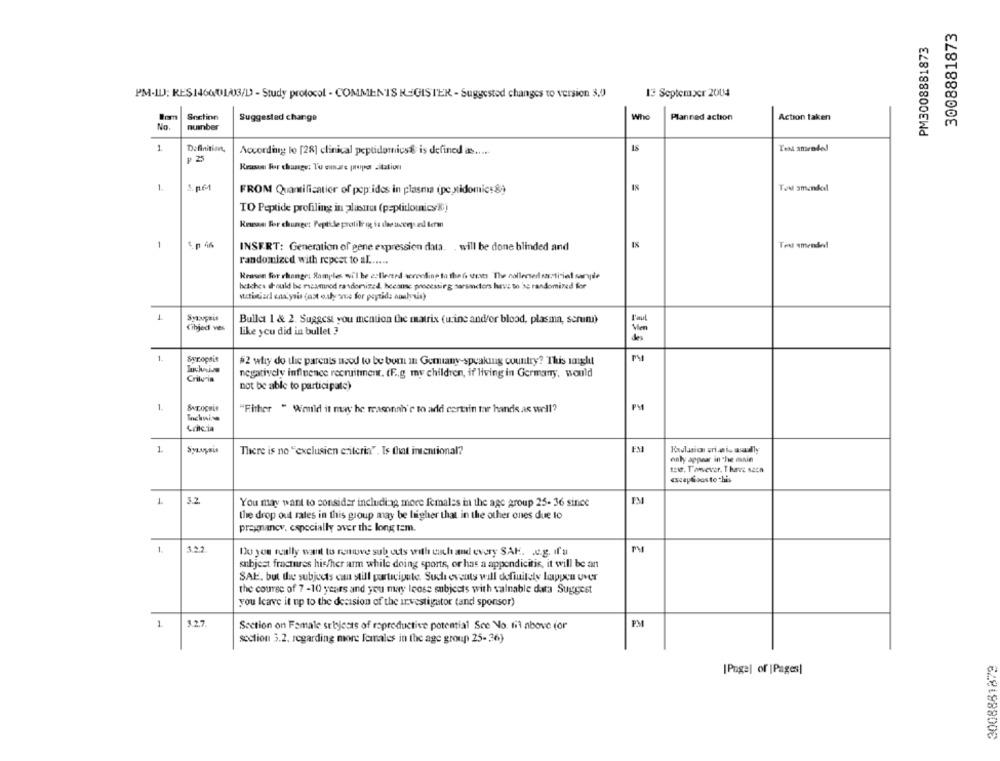
3008881873
PM3008881873
PM-ILJ; RES146001/3/D - Study protocol - COMMENTS REGISTER - Suggested changes to version 3,0
13 September 2004
Snctinn
Who
Suggested change
Planned action
Action taken
No
number
1
Definition,
According lo [28] clinical peptidomics& is defined as .....
Test amenled
₽ 25
Russes For change: To ensure propd sitation
1.
S. p.64
FROM Quantificatier of pop:ides in plasma (pe stidomics&
Tad amended
TO Peptide profiling in alastra (p=plitlomicsi)
Reweas far chunger Peptide prolili igg is de ucces ed term
1
Ted amended
INSERT: Generation of gene expression data. . will be done blinded and
randomized with repest to al ......
Rrasen for change: Samples wvi'l be estlerard weonline to the fo strats The callersed sar.ti-ied saryie
hetches d'ould be masmned randomized. because processing sarsactors have to 'se randomined for
isthierl analysis (ost ouly que for peptide analysis)
1
Syaupuis
Bullet 1 & 2. Suggest you mention the matrix (wine and/or blood, plasma, scrum)
Cihjed ves
like you did in bullet ?
1
Synopsis
154 2
#2 why do the parents need to be born in Germany-speaking country? This imight
negatively influence recruitment. (F .. g my children, if living in Germany, would
Criteria
not be able to participate)
1.
"Fither " Would it may he reasonah'e to add cartrin tar handis.as well?
PM
Cencia
1
Syınşais
FM
There is no "exclusien criteria". Is that intentional?
only appear in The main
towr. T'amever. T have seen
«scepsisasto this
1
3.2.
You may want to consider including more females in the age group 25- 36 since
the drop out rates in this group may be higher that in the other ones due to
pregnancy, especially over the long tem.
1.
PM
Do you really want to remove sub outs with each and every SAK. w.g. ifu
subject fractures his/her arm while doing sports, or has a appendicitis, it will be an
SAL, but the subjects can still participate Such events will definitely happen uver
the course of 7 -10 years and you may loose subjects with valnable data Suggest
you leave it up to the decision of the investigator tand sponsor)
1
3.27
PM
Section on Female srbyjests of reproductive potential Sce No. 1il above for
section 3.2. regarding more Females in the age group 25-26)
3008881879
[Page] of |Pages|